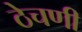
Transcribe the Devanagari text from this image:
ठेचणी